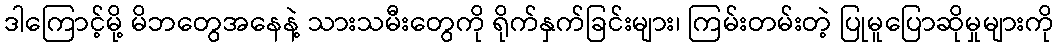
ဒါကြောင့်မို့ မိဘတွေအနေနဲ့ သားသမီးတွေကို ရိုက်နှက်ခြင်းများ၊ ကြမ်းတမ်းတဲ့ ပြုမူပြောဆိုမှုများကို